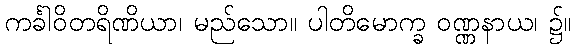
ကင်္ခါဝိတရိဏိယာ၊ မည်သော။ ပါတိမောက္ခ ဝဏ္ဏနာယ၊ ၌။